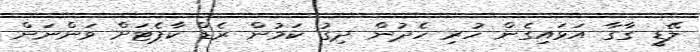
ލޭޑީ ގާގާ އަޅައިގެން ހުރި ހެދުން ދިގު ކަމުން ރެޑް ކާޕެޓަށް ވަންނަން